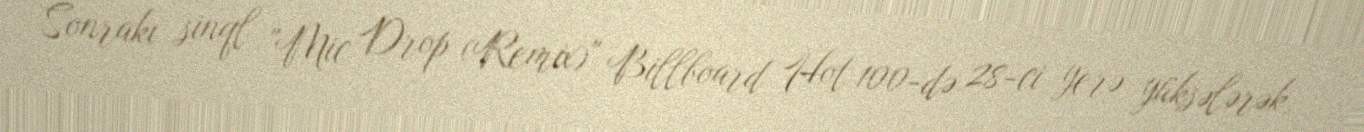
Sonrakı sinql "Mic Drop (Remix)" Billboard Hot 100-də 28-ci yerə yüksələrək,